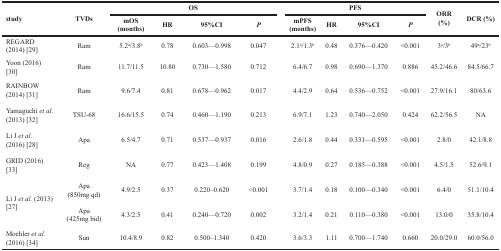
<table><thead><tr><td rowspan="2"><b>study</b></td><td rowspan="2"><b>TVDs</b></td><td colspan="4"><b>OS</b></td><td colspan="4"><b>PFS</b></td><td rowspan="2"><b>ORR (%)</b></td><td rowspan="2"><b>DCR (%)</b></td></tr><tr><td><b>mOS (months)</b></td><td><b>HR</b></td><td><b>95%CI</b></td><td><b><i>P</i></b></td><td><b>mPFS (months)</b></td><td><b>HR</b></td><td><b>95%CI</b></td><td><b><i>P</i></b></td></tr></thead><tbody><tr><td>REGARD (2014) [29]</td><td>Ram</td><td>5.2<sup>a</sup>/3.8<sup>b</sup></td><td>0.78</td><td>0.603—0.998</td><td>0.047</td><td>2.1<sup>a</sup>/1.3<sup>b</sup></td><td>0.48</td><td>0.376—0.420</td><td>&lt;0.001</td><td>3<sup>a</sup>/3<sup>b</sup></td><td>49<sup>a</sup>/23<sup>b</sup></td></tr><tr><td>Yoon (2016) [30]</td><td>Ram</td><td>11.7/11.5</td><td>10.80</td><td>0.730—1.580</td><td>0.712</td><td>6.4/6.7</td><td>0.98</td><td>0.690—1.370</td><td>0.886</td><td>45.2/46.6</td><td>84.5/66.7</td></tr><tr><td>RAINBOW (2014) [31]</td><td>Ram</td><td>9.6/7.4</td><td>0.81</td><td>0.678—0.962</td><td>0.017</td><td>4.4/2.9</td><td>0.64</td><td>0.536—0.752</td><td>&lt;0.001</td><td>27.9/16.1</td><td>80/63.6</td></tr><tr><td>Yamaguchi <i>et al.</i> (2013) [32]</td><td>TSU-68</td><td>16.6/15.5</td><td>0.74</td><td>0.460—1.190</td><td>0.213</td><td>6.9/7.1</td><td>1.23</td><td>0.740—2.050</td><td>0.424</td><td>62.2/56.5</td><td>NA</td></tr><tr><td>Li J <i>et al.</i> (2016) [28]</td><td>Apa</td><td>6.5/4.7</td><td>0.71</td><td>0.537—0.937</td><td>0.016</td><td>2.6/1.8</td><td>0.44</td><td>0.331—0.595</td><td>&lt;0.001</td><td>2.8/0</td><td>42.1/8.8</td></tr><tr><td>GRID (2016) [33]</td><td>Reg</td><td>NA</td><td>0.77</td><td>0.423—1.408</td><td>0.199</td><td>4.8/0.9</td><td>0.27</td><td>0.185—0.388</td><td>&lt;0.001</td><td>4.5/1.5</td><td>52.6/9.1</td></tr><tr><td rowspan="2">Li J <i>et al.</i> (2013) [27]</td><td>Apa (850mg qd)</td><td>4.9/2.5</td><td>0.37</td><td>0.220–0.620</td><td>&lt;0.001</td><td>3.7/1.4</td><td>0.18</td><td>0.100—0.340</td><td>&lt;0.001</td><td>6.4/0</td><td>51.1/10.4</td></tr><tr><td>Apa (425mg bid)</td><td>4.3/2.5</td><td>0.41</td><td>0.240—0.720</td><td>0.002</td><td>3.2/1.4</td><td>0.21</td><td>0.110—0.380</td><td>&lt;0.001</td><td>13.0/0</td><td>35.8/10.4</td></tr><tr><td>Moehler <i>et al.</i> (2016) [34]</td><td>Sun</td><td>10.4/8.9</td><td>0.82</td><td>0.500–1.340</td><td>0.420</td><td>3.6/3.3</td><td>1.11</td><td>0.700—1.740</td><td>0.660</td><td>20.0/29.0</td><td>60.0/56.0</td></tr></tbody></table>